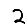
Digit: 2